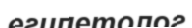
египетолог